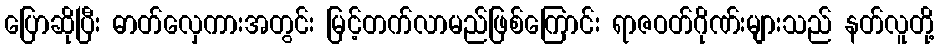
ပြောဆိုပြီး ဓာတ်လှေကားအတွင်း မြင့်တက်လာမည်ဖြစ်ကြောင်း ရာဇဝတ်ဂိုဏ်းများသည် နတ်လူတို့